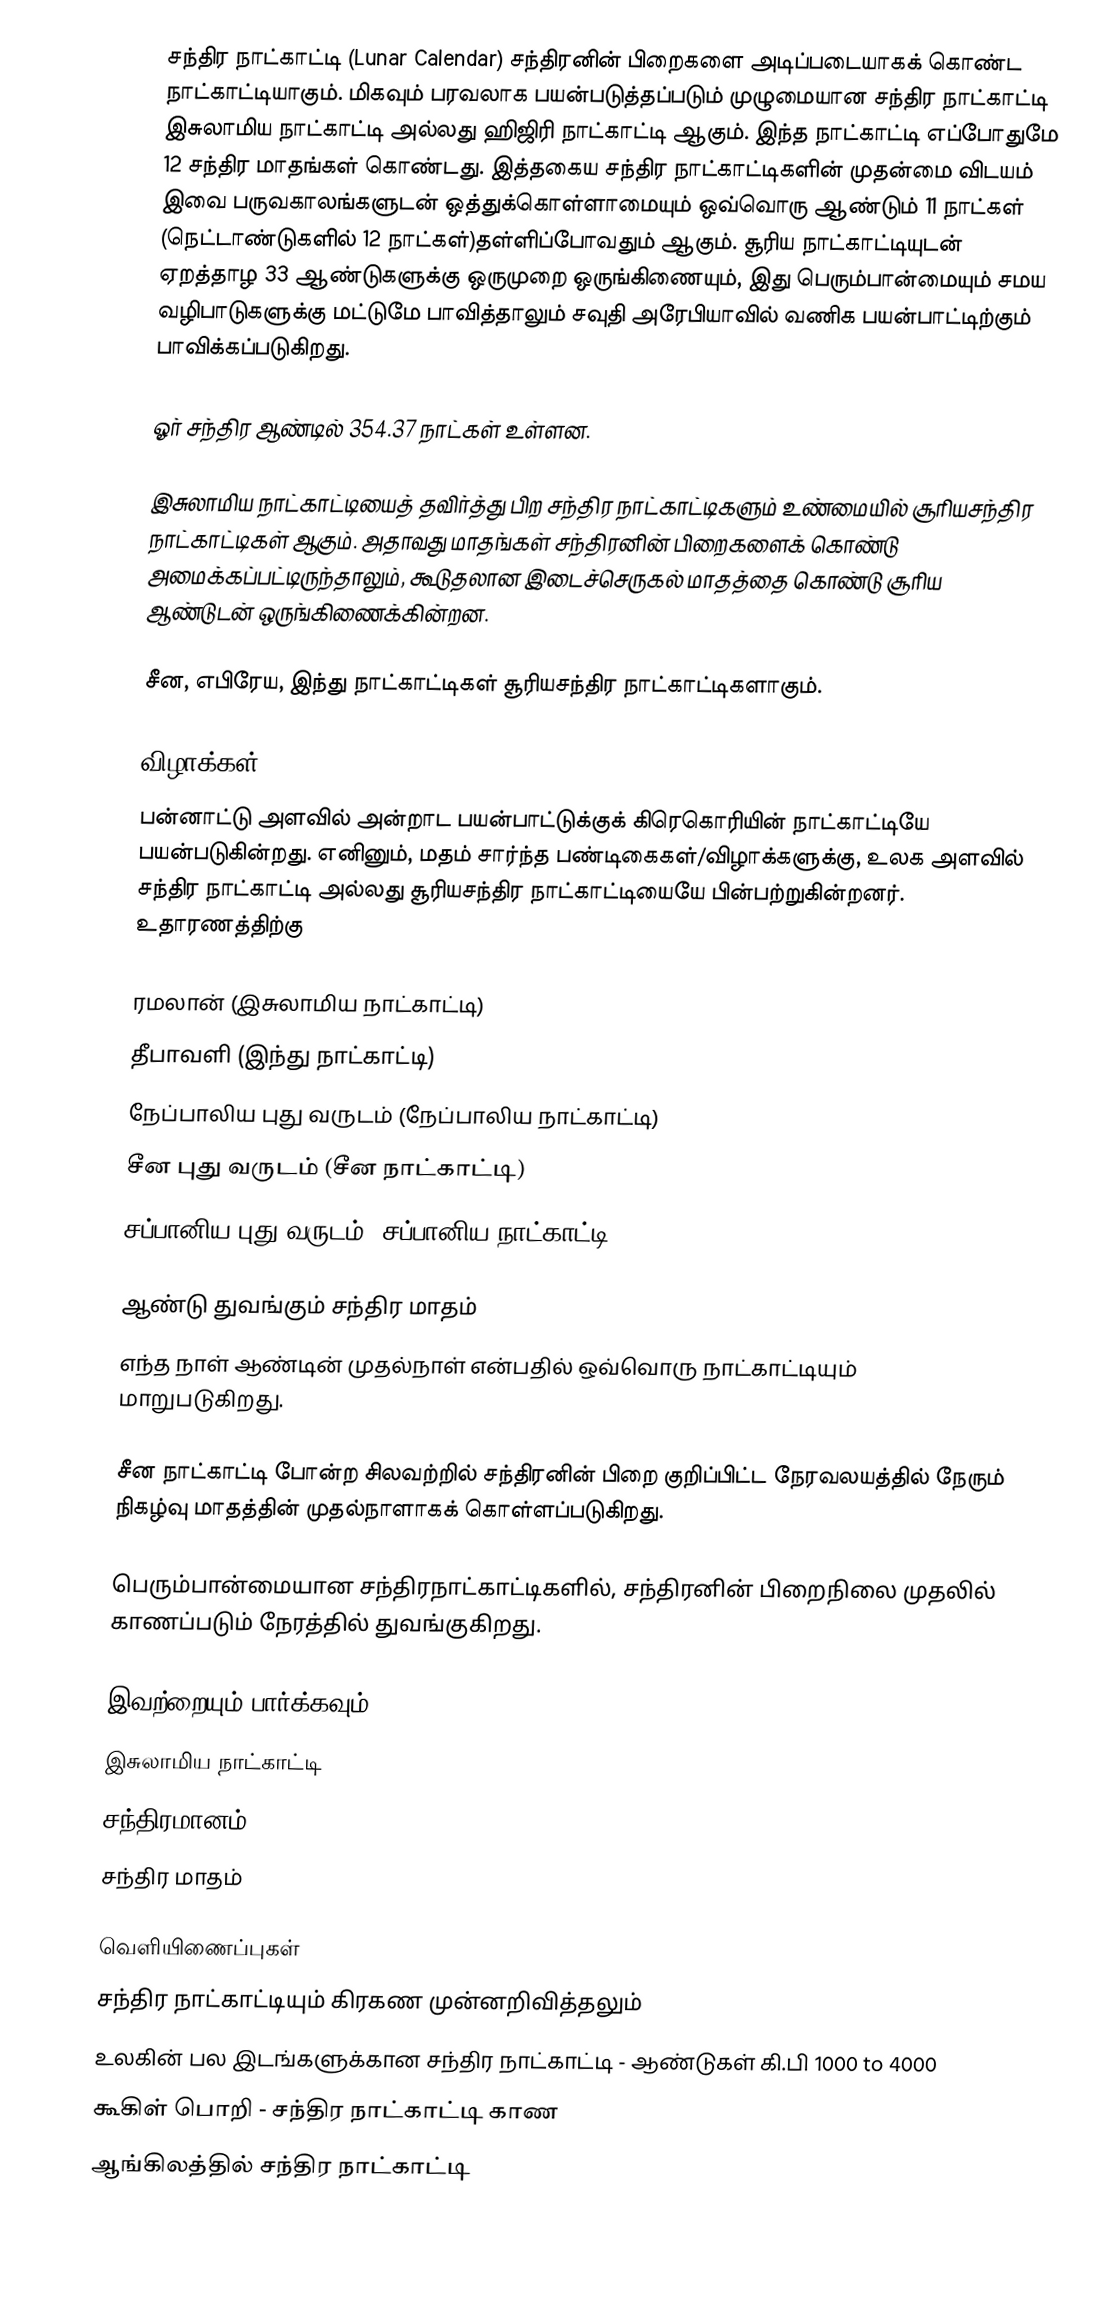
சந்திர நாட்காட்டி (Lunar Calendar) சந்திரனின் பிறைகளை அடிப்படையாகக் கொண்ட நாட்காட்டியாகும். மிகவும் பரவலாக பயன்படுத்தப்படும் முழுமையான சந்திர நாட்காட்டி இசுலாமிய நாட்காட்டி அல்லது ஹிஜிரி நாட்காட்டி ஆகும். இந்த நாட்காட்டி எப்போதுமே 12 சந்திர மாதங்கள் கொண்டது. இத்தகைய சந்திர நாட்காட்டிகளின் முதன்மை விடயம் இவை பருவகாலங்களுடன் ஒத்துக்கொள்ளாமையும் ஒவ்வொரு ஆண்டும் 11 நாட்கள் (நெட்டாண்டுகளில் 12 நாட்கள்)தள்ளிப்போவதும் ஆகும். சூரிய நாட்காட்டியுடன் ஏறத்தாழ 33 ஆண்டுகளுக்கு ஒருமுறை ஒருங்கிணையும், இது பெரும்பான்மையும் சமய வழிபாடுகளுக்கு மட்டுமே பாவித்தாலும் சவுதி அரேபியாவில் வணிக பயன்பாட்டிற்கும் பாவிக்கப்படுகிறது.

ஓர் சந்திர ஆண்டில் 354.37 நாட்கள் உள்ளன.

இசுலாமிய நாட்காட்டியைத் தவிர்த்து பிற சந்திர நாட்காட்டிகளும் உண்மையில் சூரியசந்திர நாட்காட்டிகள் ஆகும். அதாவது மாதங்கள் சந்திரனின் பிறைகளைக் கொண்டு அமைக்கப்பட்டிருந்தாலும், கூடுதலான இடைச்செருகல் மாதத்தை கொண்டு சூரிய ஆண்டுடன் ஒருங்கிணைக்கின்றன.

சீன, எபிரேய, இந்து நாட்காட்டிகள் சூரியசந்திர நாட்காட்டிகளாகும்.

விழாக்கள்
பன்னாட்டு அளவில் அன்றாட பயன்பாட்டுக்குக் கிரெகொரியின் நாட்காட்டியே பயன்படுகின்றது. எனினும், மதம் சார்ந்த பண்டிகைகள்/விழாக்களுக்கு, உலக அளவில் சந்திர நாட்காட்டி அல்லது சூரியசந்திர நாட்காட்டியையே பின்பற்றுகின்றனர். உதாரணத்திற்கு

 ரமலான் (இசுலாமிய நாட்காட்டி)
 தீபாவளி (இந்து நாட்காட்டி)
 நேப்பாலிய புது வருடம் (நேப்பாலிய நாட்காட்டி)
 சீன புது வருடம் (சீன நாட்காட்டி)
 சப்பானிய புது வருடம் (சப்பானிய நாட்காட்டி)

ஆண்டு துவங்கும் சந்திர மாதம்
எந்த நாள் ஆண்டின் முதல்நாள் என்பதில் ஒவ்வொரு நாட்காட்டியும் மாறுபடுகிறது.

சீன நாட்காட்டி போன்ற சிலவற்றில் சந்திரனின் பிறை குறிப்பிட்ட நேரவலயத்தில் நேரும் நிகழ்வு மாதத்தின் முதல்நாளாகக் கொள்ளப்படுகிறது.

பெரும்பான்மையான சந்திரநாட்காட்டிகளில், சந்திரனின் பிறைநிலை முதலில் காணப்படும் நேரத்தில் துவங்குகிறது.

இவற்றையும் பார்க்கவும்
 இசுலாமிய நாட்காட்டி
 சந்திரமானம்
 சந்திர மாதம்

வெளியிணைப்புகள்
  சந்திர நாட்காட்டியும் கிரகண முன்னறிவித்தலும்
 உலகின் பல இடங்களுக்கான சந்திர நாட்காட்டி - ஆண்டுகள் கி.பி 1000 to 4000
 கூகிள் பொறி - சந்திர நாட்காட்டி காண
 ஆங்கிலத்தில் சந்திர நாட்காட்டி